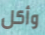
وأكل